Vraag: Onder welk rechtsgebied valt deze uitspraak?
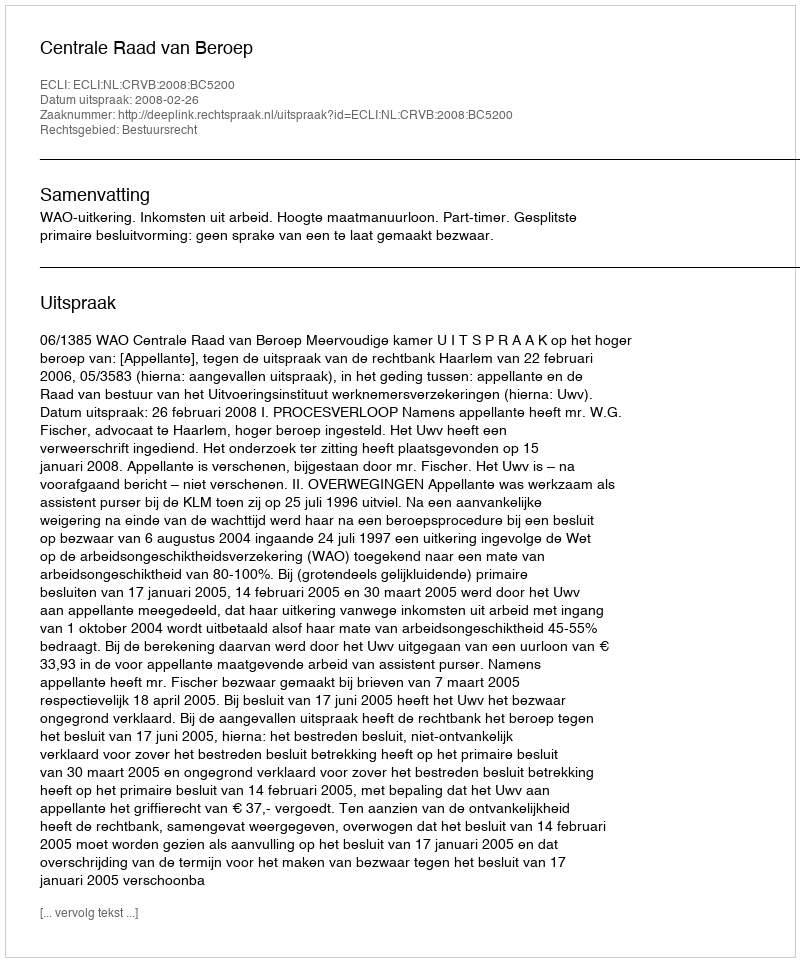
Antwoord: Bestuursrecht